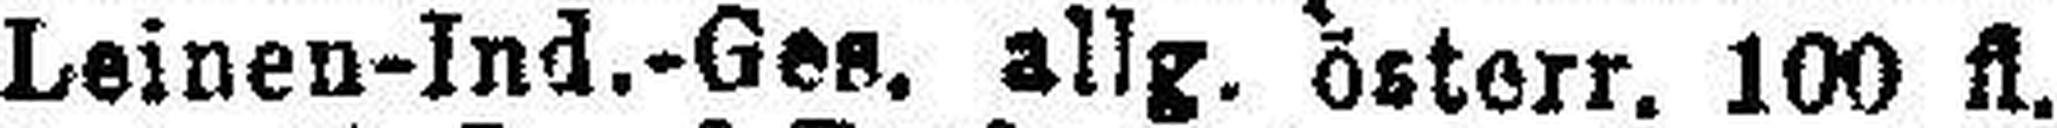
Leinen-Ind.-Ges. allg. österr. 100 fl.